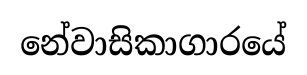
නේවාසිකාගාරයේ